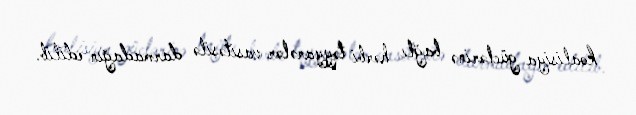
koalisiya güclərinə bağlı hərbi təyyarələr vasitəsilə darmadağın edilib.